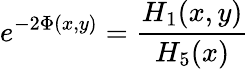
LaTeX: e^{-2\Phi(x,y)}={\frac{H_{1}(x,y)}{H_{5}(x)}}